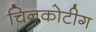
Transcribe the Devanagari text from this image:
चिनकोटीग